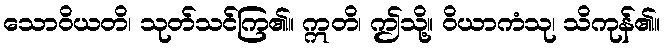
သောဝိယတိ၊ သုတ်သင်ကြ၏။ ဣတိ၊ ဤသို့။ ဝိယာကံသု၊ သိကုန်၏။